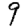
Digit: 9